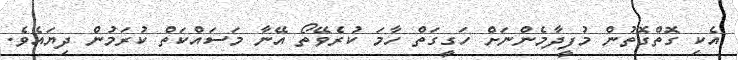
އެކި ގޮތްގޮތުން މުފީދާމެންނަށް ހަގީގަތް ހާމަ ކުރެވޭތޯ އޭނާ މަސައްކަތް ކުރަމުން ދިޔައެވެ.